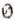
0